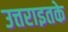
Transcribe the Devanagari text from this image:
उत्तराइतके